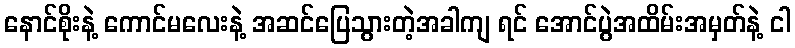
နောင်စိုးနဲ့ ကောင်မလေးနဲ့ အဆင်ပြေသွားတဲ့အခါကျ ရင် အောင်ပွဲအထိမ်းအမှတ်နဲ့ ငါ